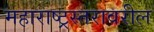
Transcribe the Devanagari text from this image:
महाराष्ट्रस्तरावरील